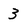
Character: 3